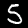
Digit: 5